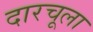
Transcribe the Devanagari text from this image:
दारचूला